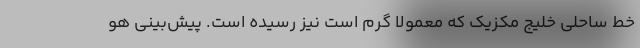
خط ساحلی خلیج مکزیک که معمولاً گرم است نیز رسیده است. پیش‌بینی هو